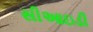
સીઆઇડી